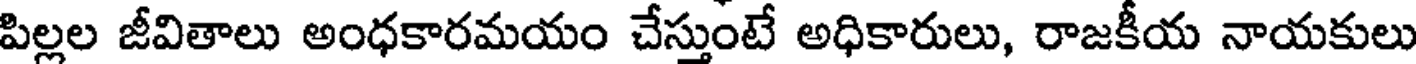
పిల్లల జీవితాలు అంధకారమయం చేస్తుంటే అధికారులు, రాజకీయ నాయకులు